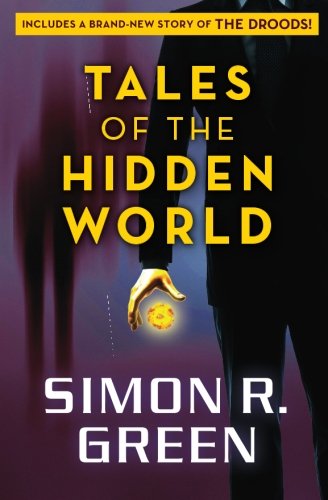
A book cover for Tales of the Hidden World; Simon R. Green; Science Fiction & Fantasy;